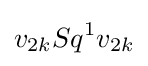
v_{2k}Sq^{1}v_{2k}